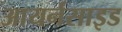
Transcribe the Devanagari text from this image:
आयर्नसाइड